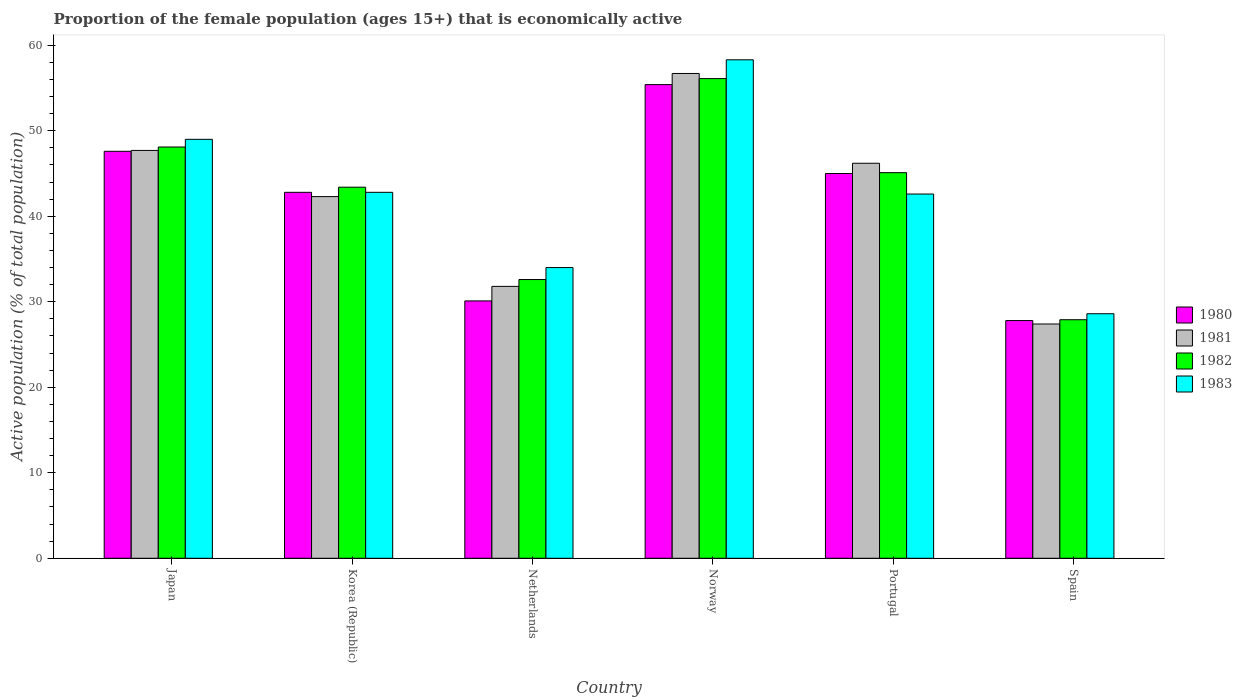
| Country | 1980 | 1981 | 1982 | 1983 |
 | --- | --- | --- | --- | --- |
 | Japan | 47.6 | 47.7 | 48.1 | 49 |
 | Korea (Republic) | 42.8 | 42.3 | 43.4 | 42.8 |
 | Netherlands | 30.1 | 31.8 | 32.6 | 34 |
 | Norway | 55.4 | 56.7 | 56.1 | 58.3 |
 | Portugal | 45 | 46.2 | 45.1 | 42.6 |
 | Spain | 27.8 | 27.4 | 27.9 | 28.6 |